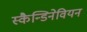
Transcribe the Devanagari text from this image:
स्कैन्डिनेवियन